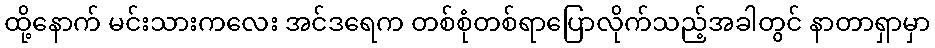
ထို့နောက် မင်းသားကလေး အင်ဒရေက တစ်စုံတစ်ရာပြောလိုက်သည့်အခါတွင် နာတာရှာမှာ